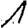
Digit: 1